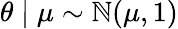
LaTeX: \theta\mid\mu\sim\mathbb{N}(\mu,1)